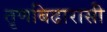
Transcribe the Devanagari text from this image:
तृणबिढारासी